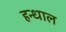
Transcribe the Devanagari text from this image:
हन्धाल